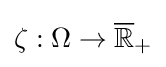
\zeta :\Omega \to {\overline {\mathbb {R} }}_{+}